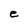
Character: e